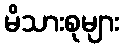
မိသားစုများ